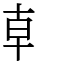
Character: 龺